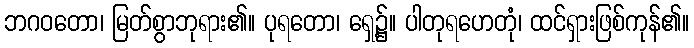
ဘဂဝတော၊ မြတ်စွာဘုရား၏။ ပုရတော၊ ရှေ့၌။ ပါတုရဟေတုံ၊ ထင်ရှားဖြစ်ကုန်၏။